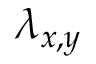
\lambda _ { x , y }